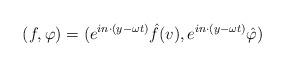
LaTeX: \begin{align*}(f,\varphi) = (e^{in\cdot (y-\omega t)}\hat f(v), e^{in\cdot (y-\omega t)}\hat \varphi)\end{align*}